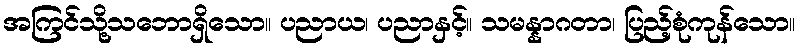
အကြင်သို့သဘောရှိသော။ ပညာယ၊ ပညာနှင့်။ သမန္နာဂတာ၊ ပြည့်စုံကုန်သော။